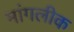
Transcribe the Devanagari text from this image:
मांगलीक